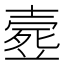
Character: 𣩉